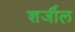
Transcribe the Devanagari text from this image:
शर्जील